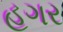
હગર